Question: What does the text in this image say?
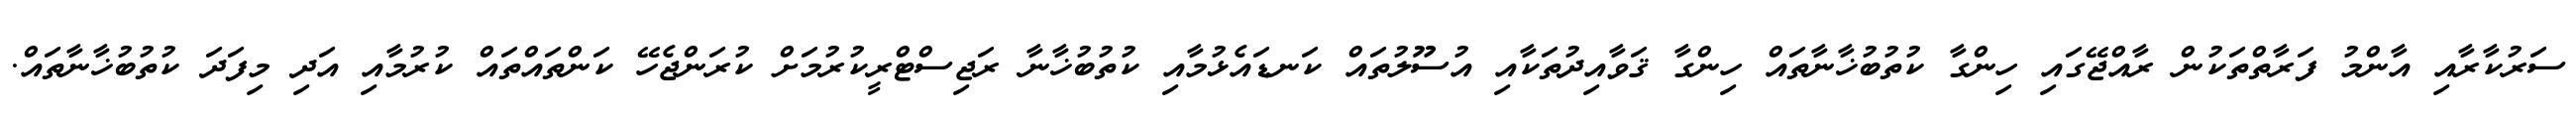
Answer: ސަރުކާރާއި އާންމު ފަރާތްތަކުން ރާއްޖޭގައި ހިންގާ ކުތުބުޚާނާތައް ހިންގާ ޤަވާއިދުތަކާއި އުސޫލުތައް ކަނޑައެޅުމާއި ކުތުބުޚާނާ ރަޖިސްޓްރީކުރުމަށް ކުރަންޖެހޭ ކަންތައްތައް ކުރުމާއި އަދި މިފަދަ ކުތުބުޚާނާތައް.